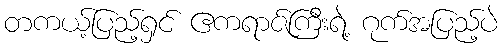
တကယ့်ပြည့်ရှင် ဧကရာဇ်ကြီးရဲ့ ဂုက်အပြည့်ပဲ